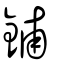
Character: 鋪